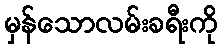
မှန်သောလမ်းခရီးကို